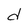
Character: d